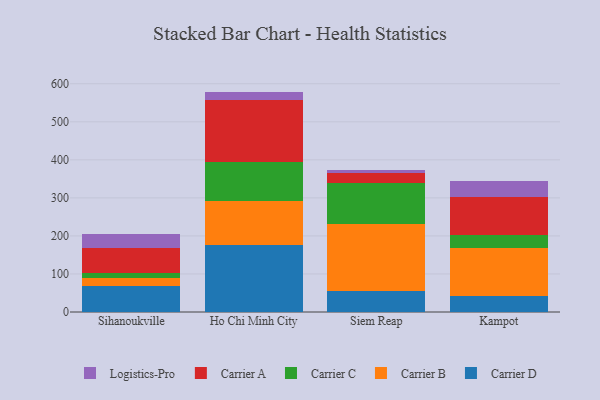
{"axis": {"x": "City", "y": "Demand Index"}, "legend": ["Carrier A", "Carrier B", "Carrier C", "Carrier D", "Logistics-Pro"], "data": [{"x": "Sihanoukville", "y": 67.2, "type": "Carrier D"}, {"x": "Sihanoukville", "y": 21.0, "type": "Carrier B"}, {"x": "Sihanoukville", "y": 15.0, "type": "Carrier C"}, {"x": "Sihanoukville", "y": 65.5, "type": "Carrier A"}, {"x": "Sihanoukville", "y": 36.5, "type": "Logistics-Pro"}, {"x": "Ho Chi Minh City", "y": 175.6, "type": "Carrier D"}, {"x": "Ho Chi Minh City", "y": 115.0, "type": "Carrier B"}, {"x": "Ho Chi Minh City", "y": 103.7, "type": "Carrier C"}, {"x": "Ho Chi Minh City", "y": 162.8, "type": "Carrier A"}, {"x": "Ho Chi Minh City", "y": 22.3, "type": "Logistics-Pro"}, {"x": "Siem Reap", "y": 56.4, "type": "Carrier D"}, {"x": "Siem Reap", "y": 174.7, "type": "Carrier B"}, {"x": "Siem Reap", "y": 108.4, "type": "Carrier C"}, {"x": "Siem Reap", "y": 25.5, "type": "Carrier A"}, {"x": "Siem Reap", "y": 8.9, "type": "Logistics-Pro"}, {"x": "Kampot", "y": 42.6, "type": "Carrier D"}, {"x": "Kampot", "y": 125.2, "type": "Carrier B"}, {"x": "Kampot", "y": 35.9, "type": "Carrier C"}, {"x": "Kampot", "y": 99.6, "type": "Carrier A"}, {"x": "Kampot", "y": 42.1, "type": "Logistics-Pro"}]}